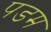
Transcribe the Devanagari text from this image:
पडम